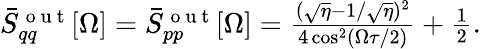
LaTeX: \begin{array}{r}{\bar{S}_{qq}^{\mathrm{~o~u~t~}}[\Omega]=\bar{S}_{pp}^{\mathrm{~o~u~t~}}[\Omega]=\frac{(\sqrt{\eta}-1/\sqrt{\eta})^{2}}{4\cos^{2}(\Omega\tau/2)}+\frac{1}{2}.}\end{array}